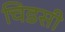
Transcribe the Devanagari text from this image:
चिडसी